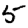
Digit: 5